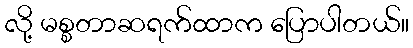
လို့ မစ္စတာဆရက်ထာက ပြောပါတယ်။